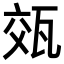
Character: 𭺡